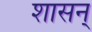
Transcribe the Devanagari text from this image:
शासन्